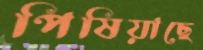
পিষিয়াছে